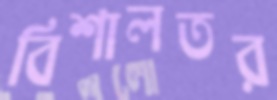
বিশালতর